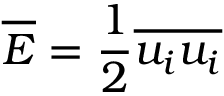
{ \overline { { E } } } = { \frac { 1 } { 2 } } { \overline { { u _ { i } u _ { i } } } }